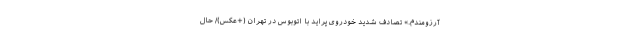
آرزومندم.» تصادف شدید خودروی پراید با اتوبوس در تهران (+عکس)/ حال